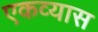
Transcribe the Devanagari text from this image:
एकव्यास